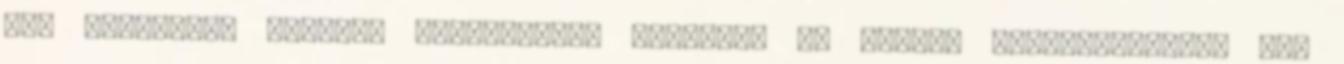
így bármelyik alapozó árnyalathoz passzol. Az utolsó alapozóréteget már